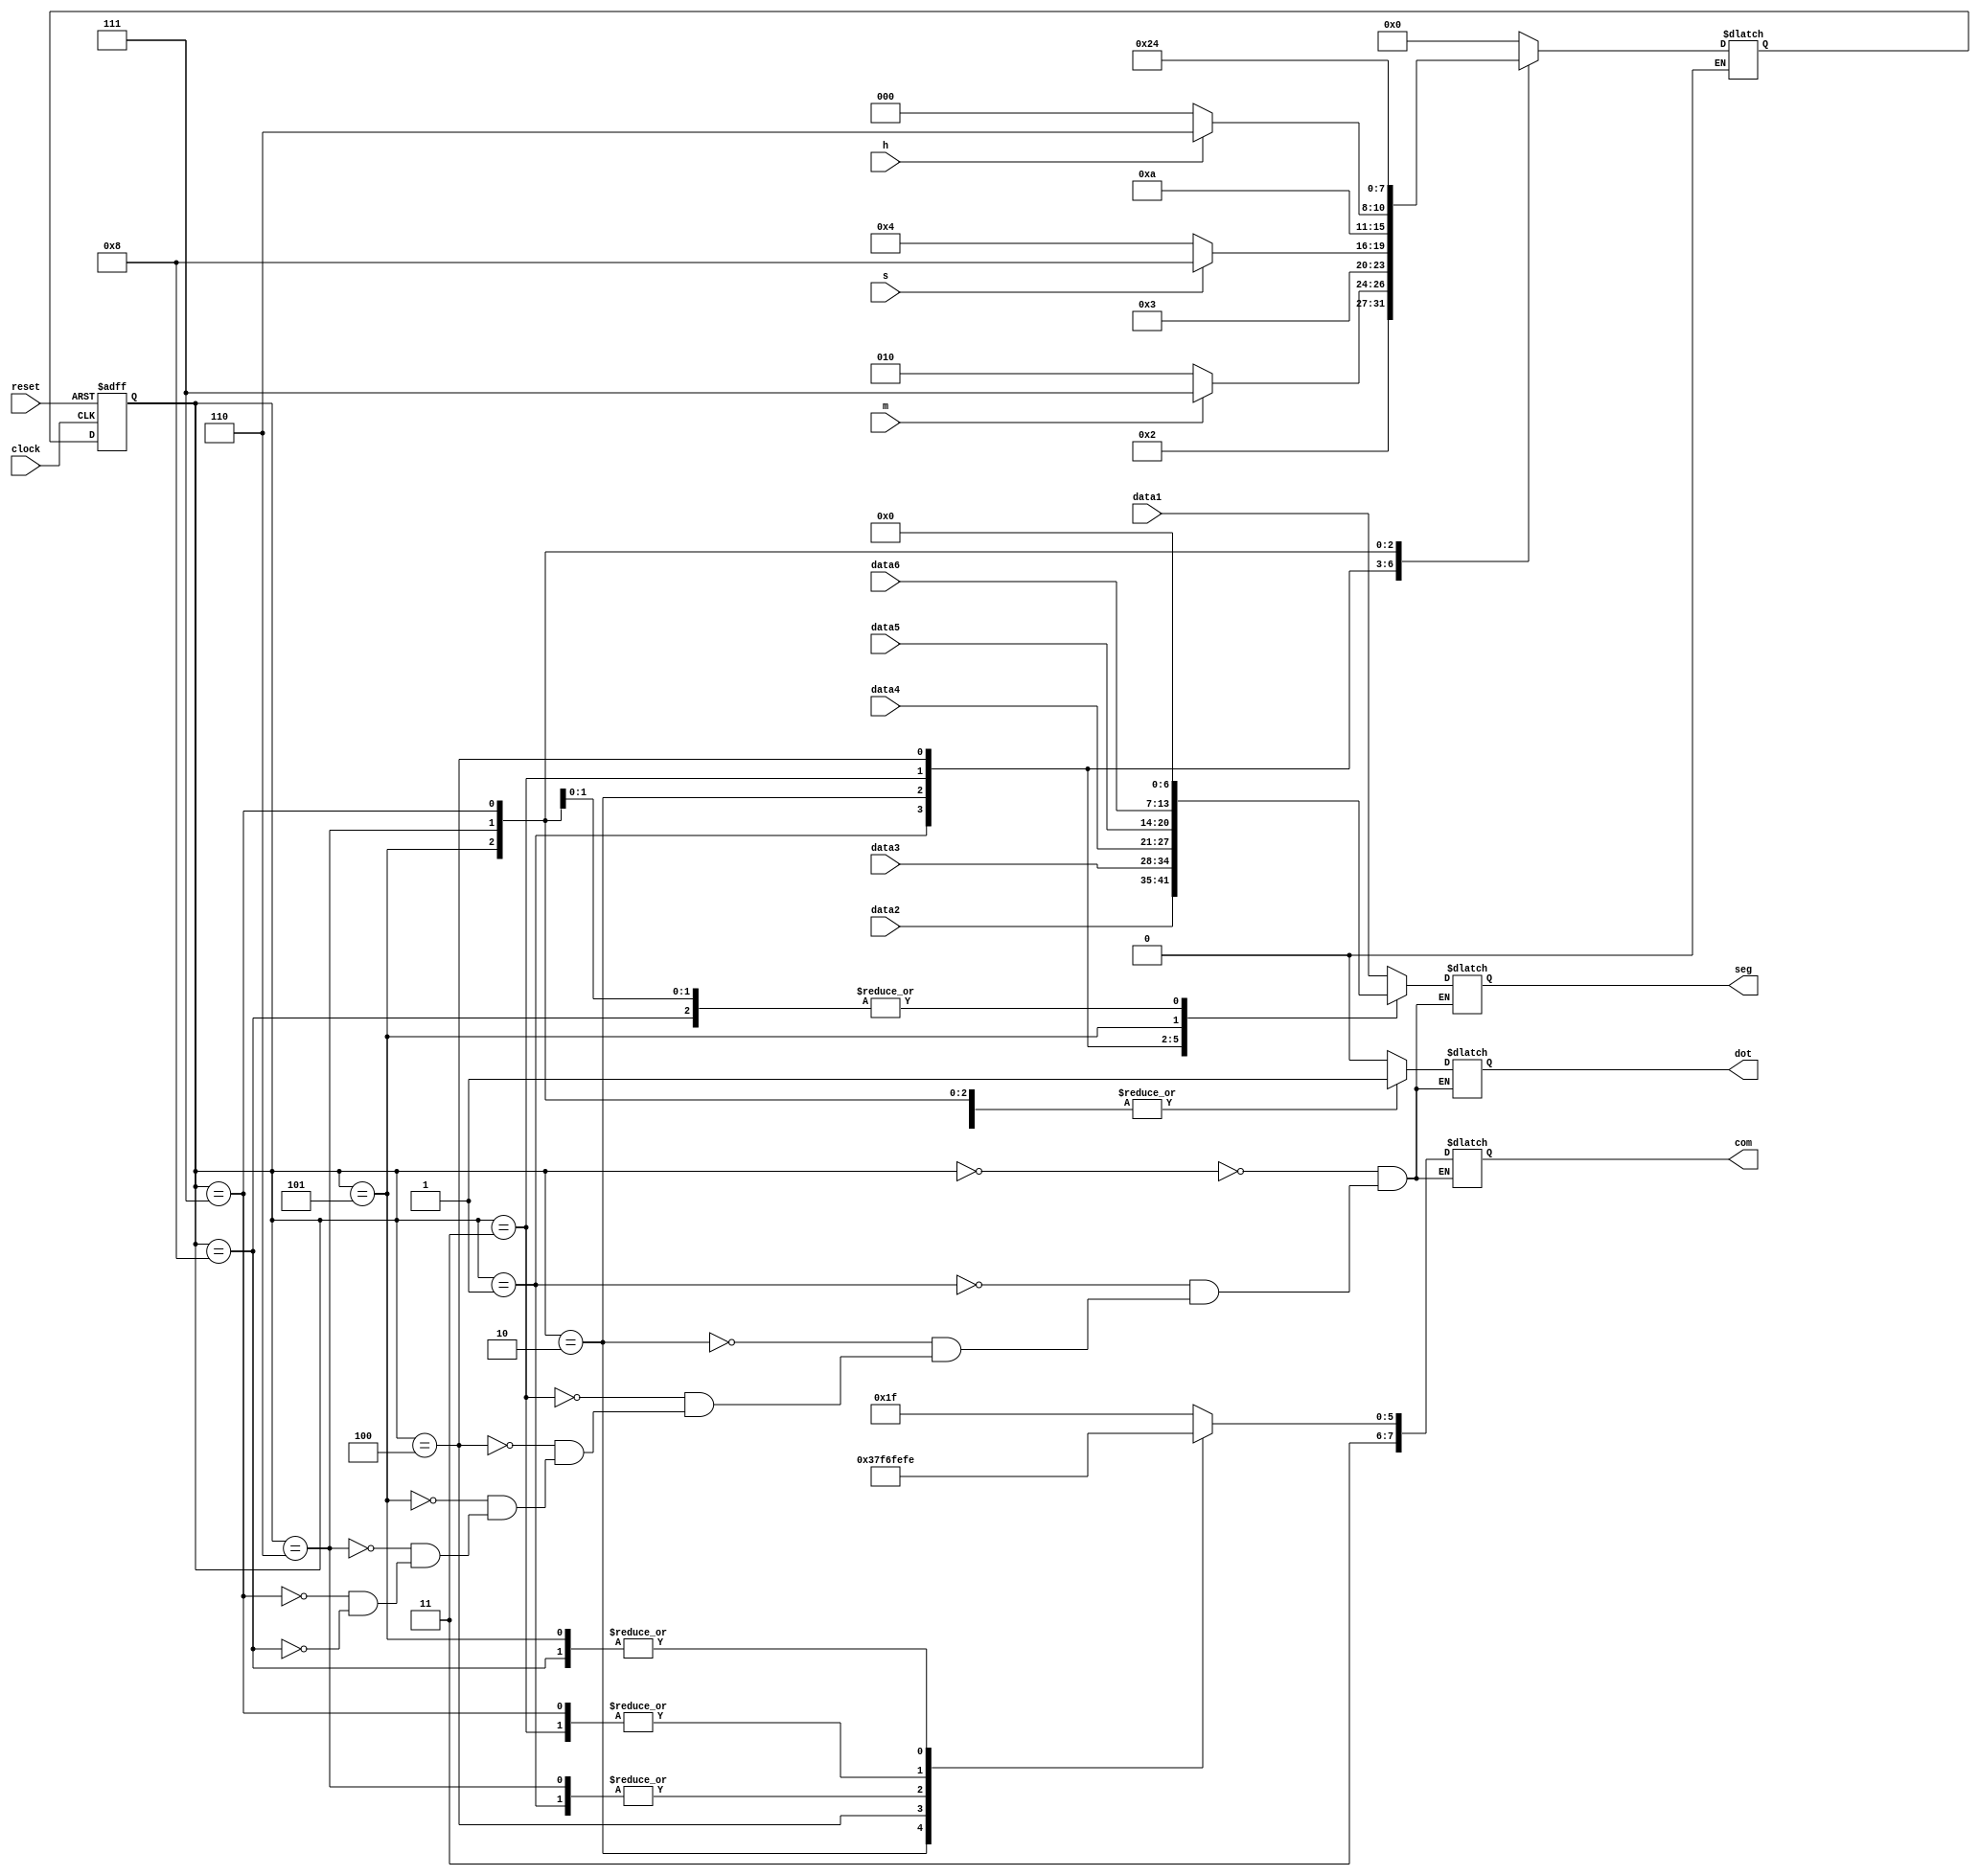
module rotateSegment7(reset, clock, com, seg, dot, data1, data2, data3, data4, data5, data6, h, m, s);
  input reset;
  input clock;
  output [7:0] com;
  output [6:0] seg;
  output dot;
  input [6:0] data1;
  input [6:0] data2;
  input [6:0] data3;
  input [6:0] data4;
  input [6:0] data5;
  input [6:0] data6;
  input h;
  input m;
  input s;

  reg [7:0] com;
  reg [6:0] seg;
  reg dot;

  parameter [3:0] S3 = 0, S4 = 1, S5 = 2, S6 = 3, S7 = 4, S8 = 5, S0 = 6, S1 = 7, S2 = 8;
  reg [3:0] current_state, next_state;

  always @(posedge clock or posedge reset)
  begin: SYNCH
    if (reset == 1'b1)
       current_state <= S3;
    else
       current_state <= next_state;
  end

  always @(current_state or data1 or data2 or data3 or data4 or data5 or data6 or h or m or s)
  begin: COMBIN
     case (current_state)
        S3:
        begin
             next_state <= S4;
          com <= 8'b11011111;
          seg <= data1;
          dot <= 1'b0;

        end

        S4:
        begin
          if (m == 1'b0)
             begin
             next_state <= S5;
             end
          else if (m == 1'b1)
             begin
             next_state <= S1;
             end
          com <= 8'b11101111;
          seg <= data2;
          dot <= 1'b1;

        end

        S5:
        begin
             next_state <= S6;
          com <= 8'b11110111;
          seg <= data3;
          dot <= 1'b0;

        end

        S6:
        begin
          if (s == 1'b0)
             begin
             next_state <= S7;
             end
          else if (s == 1'b1)
             begin
             next_state <= S2;
             end
          com <= 8'b11111011;
          seg <= data4;
          dot <= 1'b1;

        end

        S7:
        begin
             next_state <= S8;
          com <= 8'b11111101;
          seg <= data5;
          dot <= 1'b0;

        end

        S8:
        begin
          if (h == 1'b0)
             begin
             next_state <= S3;
             end
          else if (h == 1'b1)
             begin
             next_state <= S0;
             end
          com <= 8'b11111110;
          seg <= data6;
          dot <= 1'b1;

        end

        S0:
        begin
             next_state <= S5;
          com <= 8'b11101111;
          seg <= 7'b0000000;
          dot <= 1'b1;

        end

        S1:
        begin
             next_state <= S7;
          com <= 8'b11111011;
          seg <= 7'b0000000;
          dot <= 1'b1;

        end

        S2:
        begin
             next_state <= S3;
          com <= 8'b11111110;
          seg <= 7'b0000000;
          dot <= 1'b1;

        end


        default:
          next_state <= S3;
     endcase
  end

endmodule